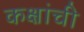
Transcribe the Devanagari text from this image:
कक्षांची